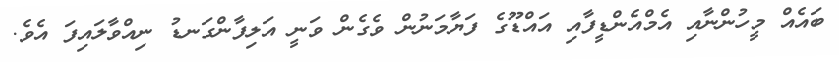
ބައެއް މީހުންނާއި އެމްއެންޑީފާއި އައްޑޫގެ ފަޔާމަނުން ވެގެން ވަނީ އަލިފާންގަނޑު ނިއްވާލައިފަ އެވެ.